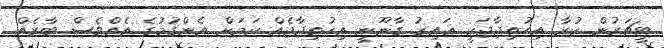
ޓީޗަރުން ކުރާ އިހުތިޖާޖަކީ ޣައިރު ގާނޫނީ އިހުތިޖާޖެއް ކަމަށް އެންގުމުގެ އެއްވެސް ބާރެއް